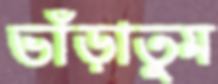
ভাঁড়াতুম